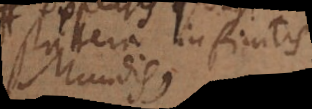
inter infinitos